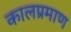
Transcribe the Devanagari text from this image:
कालप्रमाण